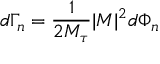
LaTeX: d \Gamma _ { n } = \frac { 1 } { 2 M _ { \tau } } | { \cal M } | ^ { 2 } d \Phi _ { n }